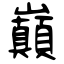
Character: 巔